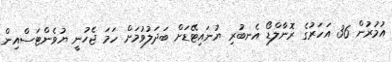
އުމުރުން 36 އަހަރުގެ ރޮނާލްޑޯ އެނބުރި ޔުނައިޓޭޑަށް ބަދަލުވުމަށް ހަމަ ޖެހުނީ ޔުުވެންޓަސްއިން